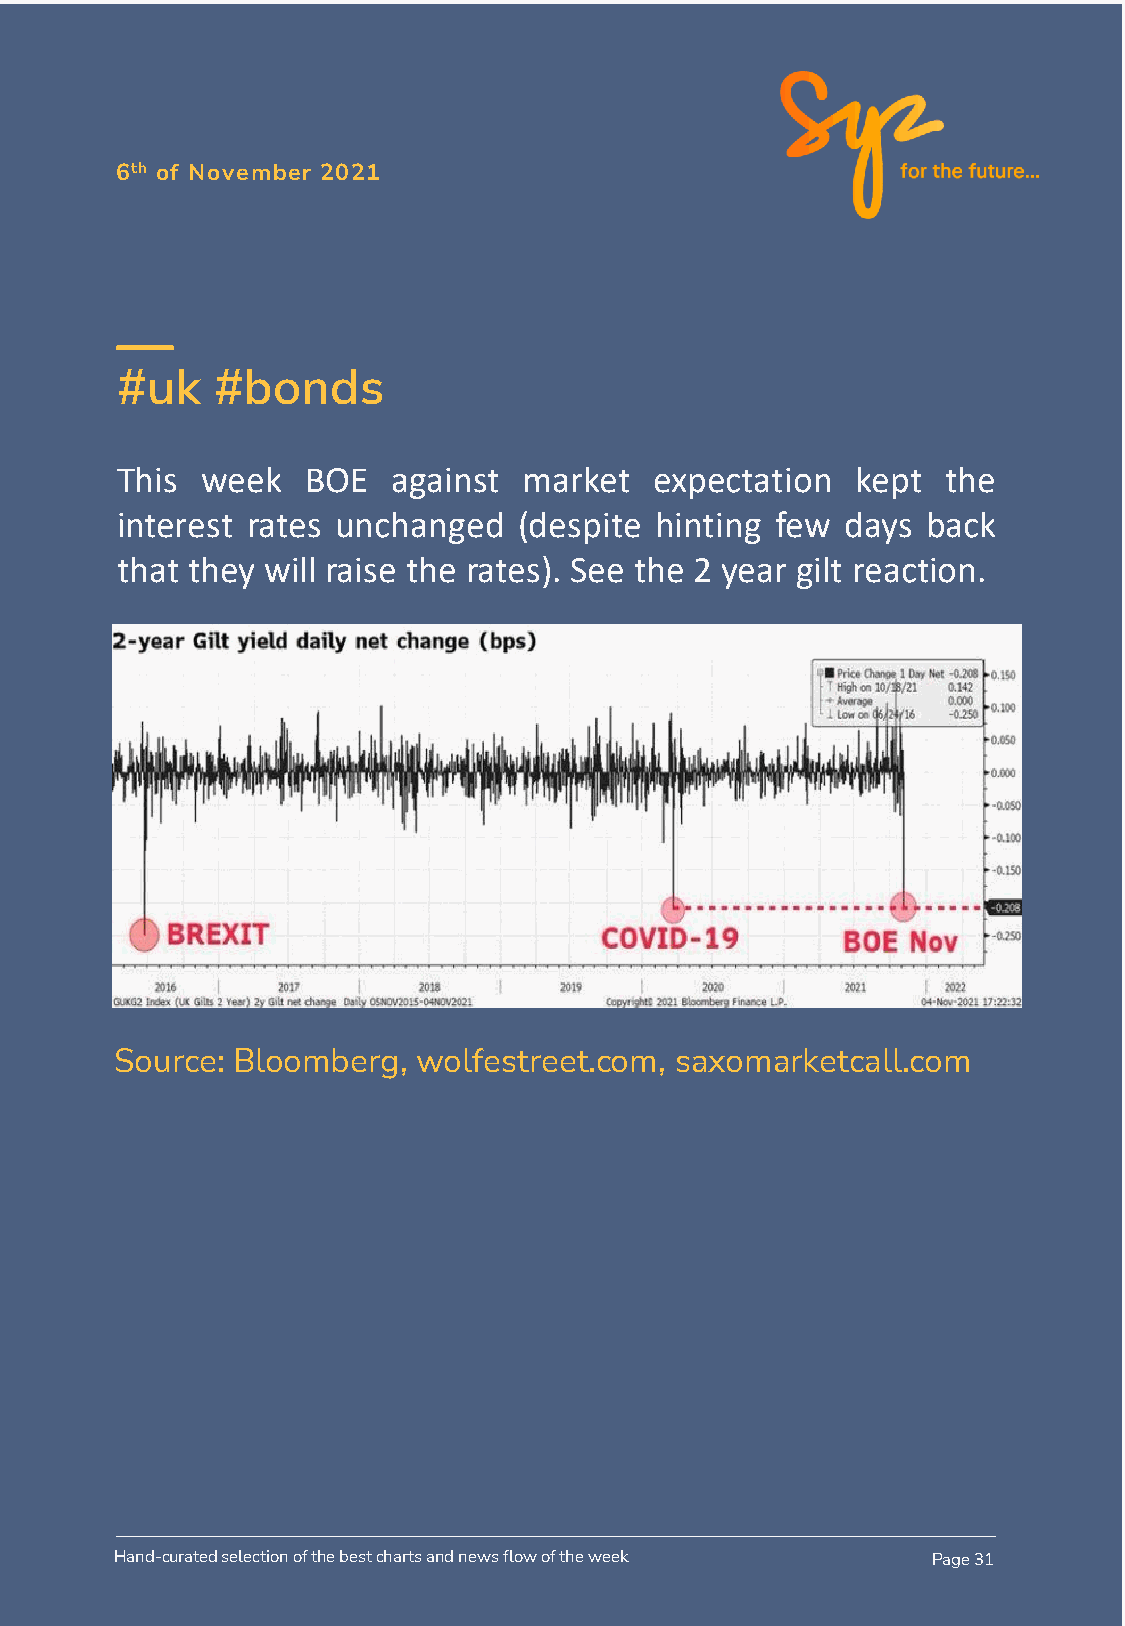
6th of November 2021
 #uk   #bonds
 This week   BOE   against  market  expectation   kept  the
 interest rates unchanged  (despite hinting few  days back
 that they will raise the rates). See the 2 year gilt reaction.
 Source: Bloomberg,  wolfestreet.com, saxomarketcall.com
 Hand-curated selection of the best charts and news flow of the week Page 31